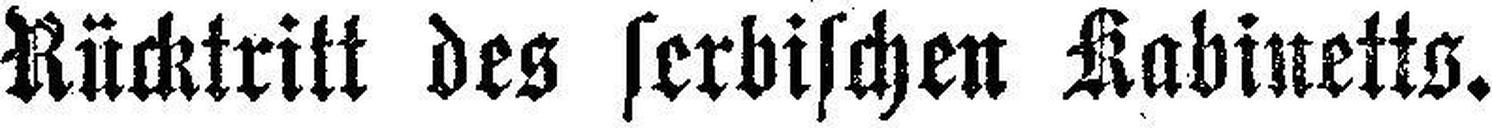
Rücktritt des serbischen Kabinetts.